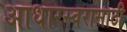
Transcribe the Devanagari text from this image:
आधारस्वरासाठी